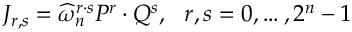
J _ { r , s } = \widehat { \omega } _ { n } ^ { r \cdot s } P ^ { r } \cdot Q ^ { s } , \, \, \, \, r , s = 0 , \ldots , 2 ^ { n } - 1